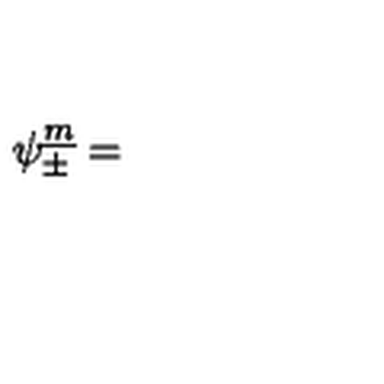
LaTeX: \psi _ { \pm } ^ { \underline { m } } =